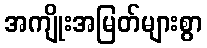
အကျိုးအမြတ်များစွာ